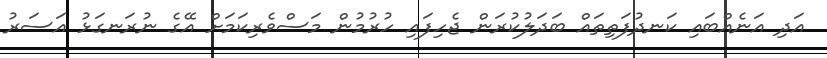
އަދި އަނެއްބައި ކަނދުފަތިތައް ބަދަލުކުރަން ޖެހިފައި ހުރުމުން މަސްވެރިކަމަށް އޭގެ ނުރަނގަޅު އަސަރު